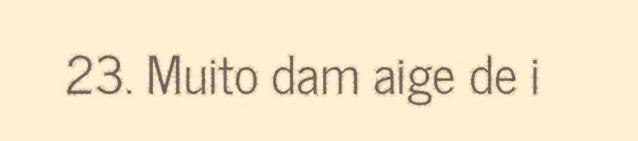
23. Muito dam aige de i